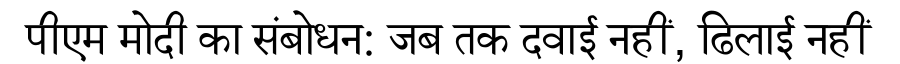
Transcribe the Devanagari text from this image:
पीएम मोदी का संबोधन: जब तक दवाई नहीं, ढिलाई नहीं